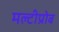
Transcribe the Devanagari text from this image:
मल्टीप्रोब